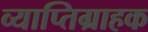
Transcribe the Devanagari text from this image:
व्याप्तिग्राहक